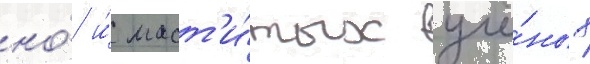
но́ и́ маст'и́тых учё́ных